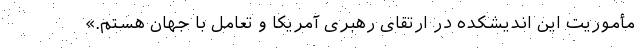
مأموریت این اندیشکده در ارتقای رهبری آمریکا و تعامل با جهان هستم.»